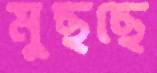
মুছছে